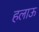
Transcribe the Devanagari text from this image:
हलाऊ